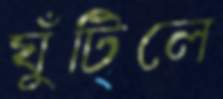
ঘুঁটিলে